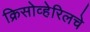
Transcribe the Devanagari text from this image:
क्रिसोव्हेरिलचे